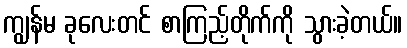
ကျွန်မ ခုလေးတင် စာကြည့်တိုက်ကို သွားခဲ့တယ်။